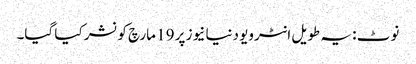
نوٹ : یہ طویل انٹرویو دنیا نیوز پر 19 مارچ کو نشر کیا گیا۔